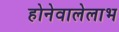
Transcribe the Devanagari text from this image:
होनेवालेलाभ